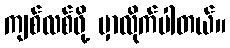
ကျစ်လစ်ဖို့ မှာလိုက်ပါတယ်။